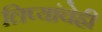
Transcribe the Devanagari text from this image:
लिप्यांचेही